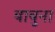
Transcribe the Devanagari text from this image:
बाबुना